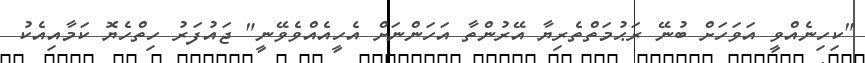
"ކިހިނެއްވީ އަވަހަށް ބުނޭ ރަޙުމަތްތެރިޔާ އޭރުންތާ އަހަންނަށް އެހީއެއްވެވޭނީ" ޖައުފަރު ހިތްހެޔޮ ކަމާއިއެކު